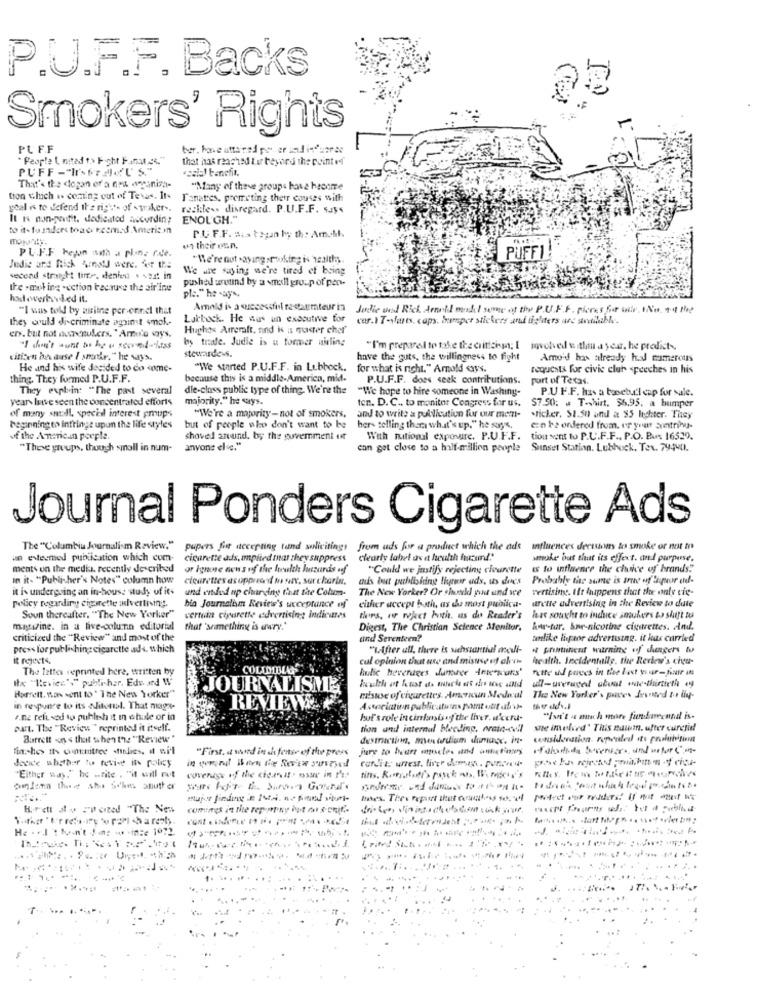
P.U.F.F. Backs
Smokers' Rights
PLFF
bur. have attained por er and infunrec
* People ( mitad "> Fight F.unat.co."
that has reached Eur beyond the point of
«zalo) benefit.
That's the <logan of a nos organiza-
"Many of theve groups have heenme
tion which is coming out of Texas. It-
Tanattes, premeting their coudes with
goal is to defend the rights of - traker ..
reckless disregard. P.U.F.F. says
It K non-portit. dedicated According
ENOUGH."
to it- fo unders toac recmed American
P.U.F.F. Sis togan ky th: Amohl.
un their een.
PL.F.F. Feyn with a phine ride.
"We're not saying smoking is 12alths
PUFFI
Judic and Rick Arnold were. See the
We are saying we're tired of being
second straight time, denied . ezt in
the - moting section because the air'ine
pushed uruund by a small group of per-
ple." he -ay *.
"I was told by mitne personnel that
Amold is a successful restaumteur in
Jodie ved Rick Arnold model some of the P.U.F.F. pieces for tile, INo, 14! thep
they would discriminate against 4mok-
Latbock. He was un executive for
car.IT-vfares, caps. bumper stickers and tigliters are stretilable.
Hughes Aircraft, and ks as master cher
ers. but not nuanceukers. " Amole ways,
bs trofe. Judie is u tormer aisling
"I don't aunt bo hy u storm4-kiss
"I'm prepared to take the criticism; I
involved te thin a year. he predict-
citizen because / shanke." he says.
stewardess.
have the guts, the willingness to fight
Amo'd has already had numerous
He and his wife decided to do come-
"We started P.U.F.F. in Lubbock.
for what is right." Amold says.
requests for civic club speeches in his
thing. They formed P.U.F.F.
because this is a middle-America, mid-
P.U.F.F. does seek contributions.
port of Texas.
They explain: "The past several
die-class public type of thing. We're the
"We hope to hire someone in Washing-
P.U.F.F. has a tweeb.c'l cap for sale.
years lave seen the concentrated efforts
majority." he says.
ten. D. C ., to monitor Congress for us.
of many small, special interest groups
$7.50: . T-shirt. $6.95, a bumper
"We're a majority-not of smokers.
and to write a publication for our mem-
.richer. $1.50) and a $5 lechter. They
beginning to intringe upun the life styles
but of people who don't want to be
ber- telling thar what's up." he says,
can be ordered from, or yrat arntring-
of the American people.
shoved anund, by the goverment ut
With national exposure. P.U.F.F.
tiou sent to P.U.F.F ., P.O. Bus 16539.
"These groups, though small in num-
anyone else."
can get close to a half-million people
Sunset Station. Lubhuck. Tex. 79440.
Journal Ponders Cigarette Ads
The "Columbia Journalism Review."
pupers fit accepting tand soliciting!
from uds for a product which the ads
influences decisions to smoke or not to
un esteemed publication which com-
cigarette ads, implied mat they suppress
clearly label as a health furcsmd."
smoke out that its effect. and purpose.
ments on the media, recently described
or Ignose non s of the heulche lanzards of
"Could we justify rejecting clourette
is to influence the choice of brands.
In it- "Publisher's Notes" column how
cteurettes as uppurand m sur, surcharin.
Probably the sume is true of li por ende
it is undergoing an in-house study of its
und ended up charging that the Colum-
The New Yorker? Or shuodd godt und se
vertising. It happens that the only cie-
policy regarding cigarette advertising.
either accept both, as the most publica-
bio Journalism Review's acceptance of
urette advenising in the Review to dute
Soun thereafter. "The New Yorker"
vertida cigarette advertising indicares
this, ir roject both. us du Reader's
here sought to induce smukers to shift to
magtizine. in a five-column editorial
that 'scanething is erary."
Digest, The Christian Science Monitor,
har-tur. bar-nicotine cigarettes. And.
criticized the "Review" and most of the
and Seventeen?
unlike lipor advertising. it has carried
press for publishing cigarette ads. which
"Lifter ull, there is sichssantidl medi-
W prominent warning of dungers to
cul opinion that use and misuse of alves
health. Incidentuile, the Review's chou-
The lattes reprinted here, written by
COLUMBLAGS
Iulie beverages dumace Arte"wars'
Tutte ud puees in the best your-finir in
Ix "Revies"," publisher. Edu ard W
all-ureraced utual me-thirtieth -
Barrett. man went to ' The New Yorker"
JOURNALISME
misuse of cigarettes American Medwal
The New Yorker's paves Jovneed to liv-
in response to its aliteral. That magt-
REVIEWS
Association publicasturns part ott .de
a.ne refused to publish it in whole or in
For's role in cinfais of the liver. d'cchi-
"Isn't a much more fundamental is-
out. The ""Review" reprinted it itself.
tion and internal bleeding, prata-cell
sne involved" This naum. after curetid!
Burrett < < that when the "Review"
destruction, menstruiam samacc. in-
consideration repealed its prolubition
"First. at ved in ch fence of the press jure to heart mmcles and antefinnes
"First. at ved in ch fence of the press
decide whatter to revise ins policy
"Either way." he -zite . "it will not
omlemn thise ahs So'kes stutter
Brett o y ppeized "The Nes
comings in the repoppsy hot ma $ crit ..
He . . I'then't Jing w .intze 1972.
. ..